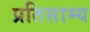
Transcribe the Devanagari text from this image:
प्रतिसाम्य